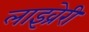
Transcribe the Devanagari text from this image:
लाइव्रेरी